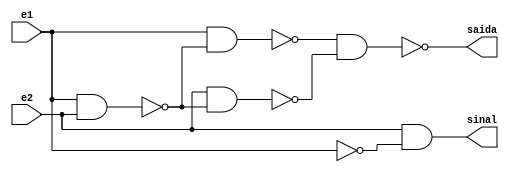
// Nome: Isabella Gonales
// Matrcula: 420120

module metodomeiadiferencanand ( sinal,saida,e1,e2 );

output sinal,saida;
input e1,e2;
wire temp1,temp2,temp3,temp4,temp5;

nand NAND1 ( temp1,e1,e2 );
nand NAND2 ( temp2,e1,temp1 );
nand NAND3 ( temp3,e2,temp1 );
nand NAND4 ( saida,temp2,temp3 );
nand NAND5 ( temp4,e1,e1 );
nand NAND6 ( temp5,e2,temp4 );
nand NAND7 ( sinal,temp5,temp5 );

endmodule


module testmeiadiferencanand;
reg e1,e2;
wire saida,sinal;

metodomeiadiferencanand meiadiferenca ( sinal,saida,e1,e2 );

initial begin: start
        e1=0; e2=0;
		  
end

initial begin: main

#1 $display (" Circuito da meia soma com portas NAND ");
#1 $display (" e1 - e2  =  sinal  saida ");
   $monitor (" %b  -  %b  =    %b      %b",e1,e2,sinal,saida );
	   #1  e1=0;  e2=1;
		#1  e1=1;  e2=0;
		#1  e1=1;  e2=1;		
		
end
endmodule



/* Registrando os Resultados

   
     Circuito da meia soma com portas NAND 
     e1 - e2  =  sinal  saida 
     0  -  0  =    0      0
     0  -  1  =    1      1
     1  -  0  =    0      1
     1  -  1  =    0      0
    
     ----jGRASP: operation complete.
 */